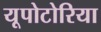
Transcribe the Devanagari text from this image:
यूपोटोरिया